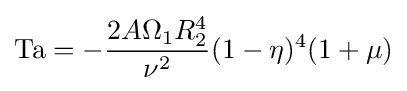
\mathrm {Ta} =-{\frac {2A\Omega _{1}R_{2}^{4}}{\nu ^{2}}}(1-\eta )^{4}(1+\mu )